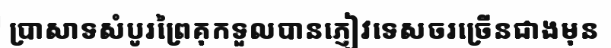
ប្រាសាទសំបូរព្រៃគុកទួលបានភ្ញៀវទេសចរច្រើនជាងមុន